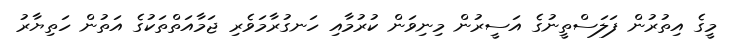
މީގެ އިތުރުން ފަލަސްތީނުގެ އަސީރުން މިނިވަން ކުރުމާއި ހަނގުރާމަވެރި ޖަމާއަތްތަކުގެ އަތުން ހަތިޔާރު